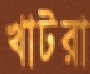
খাটরা